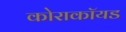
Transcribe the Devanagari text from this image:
कोराकॉयड